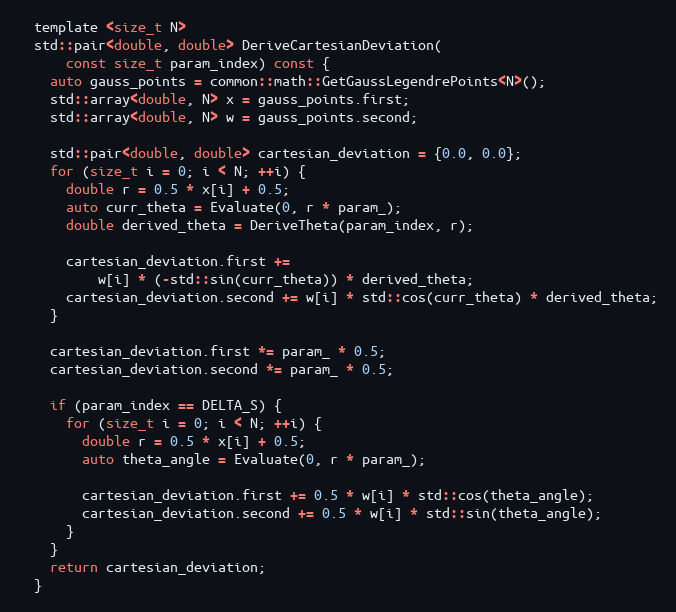
Language: C
  template <size_t N>
  std::pair<double, double> DeriveCartesianDeviation(
      const size_t param_index) const {
    auto gauss_points = common::math::GetGaussLegendrePoints<N>();
    std::array<double, N> x = gauss_points.first;
    std::array<double, N> w = gauss_points.second;

    std::pair<double, double> cartesian_deviation = {0.0, 0.0};
    for (size_t i = 0; i < N; ++i) {
      double r = 0.5 * x[i] + 0.5;
      auto curr_theta = Evaluate(0, r * param_);
      double derived_theta = DeriveTheta(param_index, r);

      cartesian_deviation.first +=
          w[i] * (-std::sin(curr_theta)) * derived_theta;
      cartesian_deviation.second += w[i] * std::cos(curr_theta) * derived_theta;
    }

    cartesian_deviation.first *= param_ * 0.5;
    cartesian_deviation.second *= param_ * 0.5;

    if (param_index == DELTA_S) {
      for (size_t i = 0; i < N; ++i) {
        double r = 0.5 * x[i] + 0.5;
        auto theta_angle = Evaluate(0, r * param_);

        cartesian_deviation.first += 0.5 * w[i] * std::cos(theta_angle);
        cartesian_deviation.second += 0.5 * w[i] * std::sin(theta_angle);
      }
    }
    return cartesian_deviation;
  }